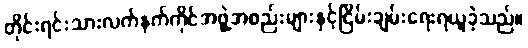
တိုင်းရင်းသားလက်နက်ကိုင်အဖွဲ့အစည်းများနှင့်ငြိမ်းချမ်းရေးရယူခဲ့သည်။